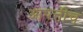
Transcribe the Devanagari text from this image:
आपत्तीच